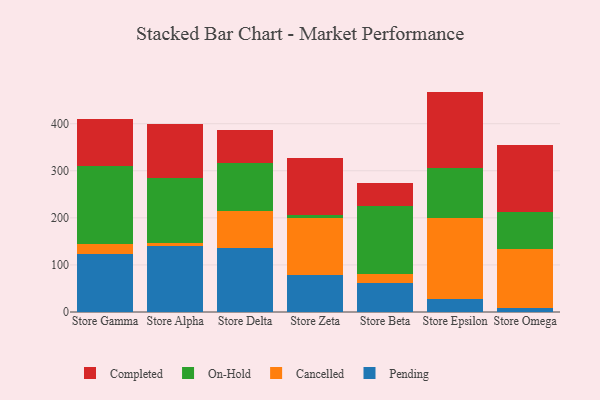
{"axis": {"x": "Store", "y": "Page Views"}, "legend": ["Cancelled", "Completed", "On-Hold", "Pending"], "data": [{"x": "Store Gamma", "y": 123.9, "type": "Pending"}, {"x": "Store Gamma", "y": 19.6, "type": "Cancelled"}, {"x": "Store Gamma", "y": 167.4, "type": "On-Hold"}, {"x": "Store Gamma", "y": 99.5, "type": "Completed"}, {"x": "Store Alpha", "y": 139.9, "type": "Pending"}, {"x": "Store Alpha", "y": 6.2, "type": "Cancelled"}, {"x": "Store Alpha", "y": 139.5, "type": "On-Hold"}, {"x": "Store Alpha", "y": 112.9, "type": "Completed"}, {"x": "Store Delta", "y": 136.4, "type": "Pending"}, {"x": "Store Delta", "y": 78.0, "type": "Cancelled"}, {"x": "Store Delta", "y": 102.7, "type": "On-Hold"}, {"x": "Store Delta", "y": 69.1, "type": "Completed"}, {"x": "Store Zeta", "y": 78.1, "type": "Pending"}, {"x": "Store Zeta", "y": 121.2, "type": "Cancelled"}, {"x": "Store Zeta", "y": 7.5, "type": "On-Hold"}, {"x": "Store Zeta", "y": 119.9, "type": "Completed"}, {"x": "Store Beta", "y": 62.0, "type": "Pending"}, {"x": "Store Beta", "y": 18.2, "type": "Cancelled"}, {"x": "Store Beta", "y": 144.0, "type": "On-Hold"}, {"x": "Store Beta", "y": 50.3, "type": "Completed"}, {"x": "Store Epsilon", "y": 26.8, "type": "Pending"}, {"x": "Store Epsilon", "y": 173.8, "type": "Cancelled"}, {"x": "Store Epsilon", "y": 105.5, "type": "On-Hold"}, {"x": "Store Epsilon", "y": 162.1, "type": "Completed"}, {"x": "Store Omega", "y": 7.8, "type": "Pending"}, {"x": "Store Omega", "y": 127.0, "type": "Cancelled"}, {"x": "Store Omega", "y": 78.7, "type": "On-Hold"}, {"x": "Store Omega", "y": 142.2, "type": "Completed"}]}